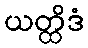
ယတ္ထိဒံ